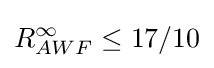
R_{AWF}^{\infty }\leq 17/10